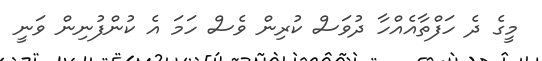
މީގެ ދެ ހަފްތާއެއްހާ ދުވަސް ކުރިން ވެސް ހަމަ އެ ކުންފުނިން ވަނީ